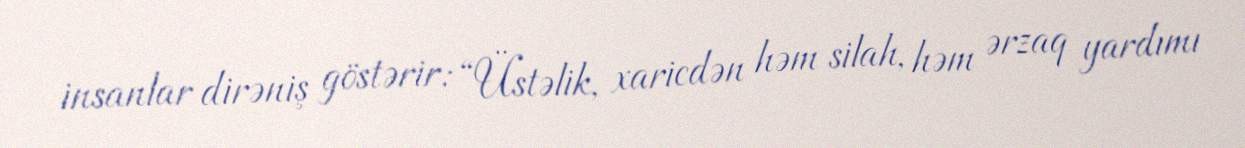
insanlar dirəniş göstərir: “Üstəlik, xaricdən həm silah, həm ərzaq yardımı